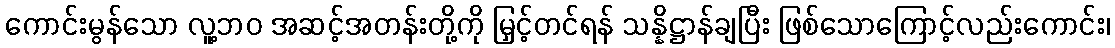
ကောင်းမွန်သော လူ့ဘဝ အဆင့်အတန်းတို့ကို မြှင့်တင်ရန် သန္နိဋ္ဌာန်ချပြီး ဖြစ်သောကြောင့်လည်းကောင်း၊